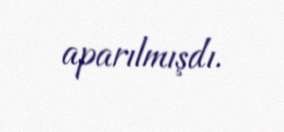
aparılmışdı.